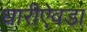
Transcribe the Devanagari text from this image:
घारीऐवडा